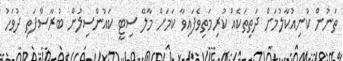
ތަނުން ކުނިއުކާލުމަށް ދަތިތަކެއް ކުރިމަތިވެފައިވާ ކަމަށް މާލޭ ސިޓީ ކައުންސިލުން ބުރާސްފަތި ދުވަހު